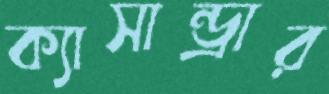
ক্যাসান্ড্রার